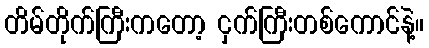
တိမ်တိုက်ကြီးကတော့ ငှက်ကြီးတစ်ကောင်နဲ့။